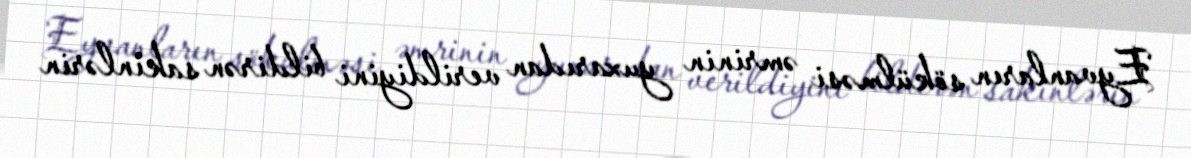
Eyvanların sökülməsi əmrinin yuxarıdan verildiyini bildirən sakinlərin